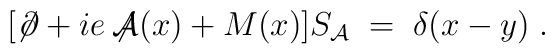
[\not\! \partial + i e \not\!\!{\mathcal A}(x) + M(x)] S_{{\mathcal A}}\;=\; \delta (x-y) \;.